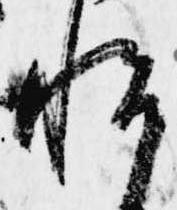
悦